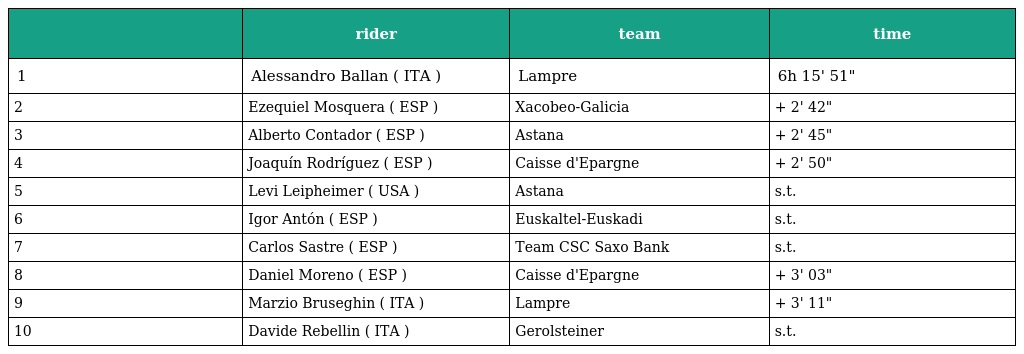
|  | rider | team | time |
 | --- | --- | --- | --- |
 | 1 | Alessandro Ballan ( ITA ) | Lampre | 6h 15' 51" |
 | 2 | Ezequiel Mosquera ( ESP ) | Xacobeo-Galicia | + 2' 42" |
 | 3 | Alberto Contador ( ESP ) | Astana | + 2' 45" |
 | 4 | Joaquín Rodríguez ( ESP ) | Caisse d'Epargne | + 2' 50" |
 | 5 | Levi Leipheimer ( USA ) | Astana | s.t. |
 | 6 | Igor Antón ( ESP ) | Euskaltel-Euskadi | s.t. |
 | 7 | Carlos Sastre ( ESP ) | Team CSC Saxo Bank | s.t. |
 | 8 | Daniel Moreno ( ESP ) | Caisse d'Epargne | + 3' 03" |
 | 9 | Marzio Bruseghin ( ITA ) | Lampre | + 3' 11" |
 | 10 | Davide Rebellin ( ITA ) | Gerolsteiner | s.t. |